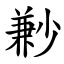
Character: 㝺